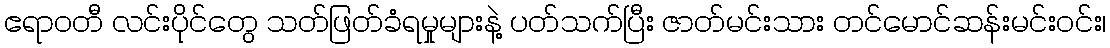
ဧရာဝတီ လင်းပိုင်တွေ သတ်ဖြတ်ခံရမှုများနဲ့ ပတ်သက်ပြီး ဇာတ်မင်းသား တင်မောင်ဆန်းမင်းဝင်း၊